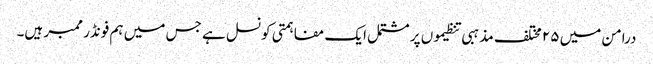
درامن میں ۲۵ مختلف مذہبی تنظیموں پر مشتمل ایک مفاہمتی کونسل ہے جس میں ہم فونڈر ممبر ہیں۔